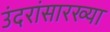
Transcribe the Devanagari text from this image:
उंदरांसारख्या